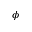
\phi